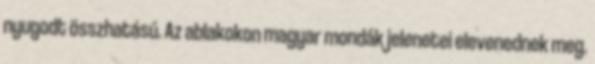
nyugodt összhatású. Az ablakokon magyar mondák jelenetei elevenednek meg.